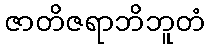
ဇာတိဇရာဘိဘူတံ